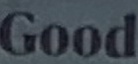
Good